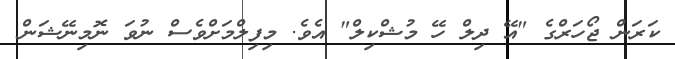
ކަރަން ޖޯހަރްގެ "އޭ ދިލް ހޭ މުޝްކިލް" އެވެ. މިފިލްމަށްވެސް ނުވަ ނޮމިނޭޝަން